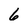
Character: 6